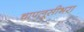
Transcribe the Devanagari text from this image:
चापलूसीभरा